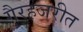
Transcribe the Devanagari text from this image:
गैरहजरीत